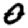
Digit: 0